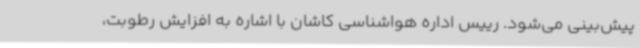
پیش‌بینی می‌شود. رییس اداره هواشناسی کاشان با اشاره به افزایش رطوبت،